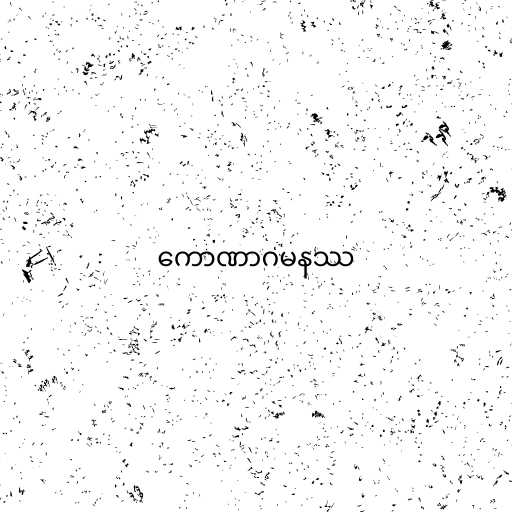
ကောဏာဂမနဿ